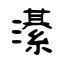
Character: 濝